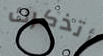
أتذكرك